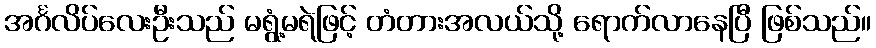
အင်္ဂလိပ်လေးဦးသည် မရွံ့မရဲဖြင့် တံတားအလယ်သို့ ရောက်လာနေပြီ ဖြစ်သည်။